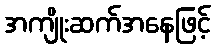
အကျိုးဆက်အနေဖြင့်